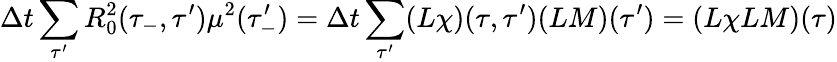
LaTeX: \Delta t\sum_{\tau^{\prime}}R_{0}^{2}(\tau_{-},\tau^{\prime})\mu^{2}(\tau_{-}^{\prime})=\Delta t\sum_{\tau^{\prime}}(L\chi)(\tau,\tau^{\prime})(LM)(\tau^{\prime})=(L\chi LM)(\tau)